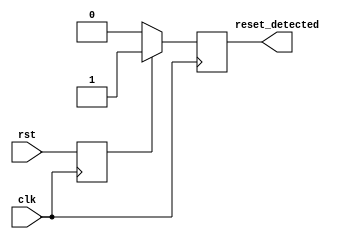
module reset_detector (
    input wire clk,               // System clock signal
    input wire rst,               // Reset signal input
    output reg reset_detected     // Output signal indicating reset state
);

// Internal register to store the last known state of the reset signal
reg rst_sync;

// Synchronous logic to capture the reset state on the rising edge of the clock
always @(posedge clk) begin
    // Synchronize the reset signal
    rst_sync <= rst;
    
    // Detect reset condition
    if (rst_sync) begin
        reset_detected <= 1'b1; // Set output high when reset is asserted
    end else begin
        reset_detected <= 1'b0; // Set output low when reset is de-asserted
    end
end

endmodule